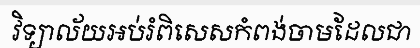
វិទ្យាល័យអប់រំពិសេសកំពង់ចាមដែលជា